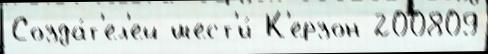
Созда́т'ел'ей шест'и́ К'ерзон 200809